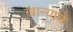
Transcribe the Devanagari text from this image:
खान्याचे